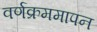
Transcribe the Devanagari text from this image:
वर्णक्रममापन